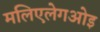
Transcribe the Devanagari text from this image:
मलिएलेगओइ